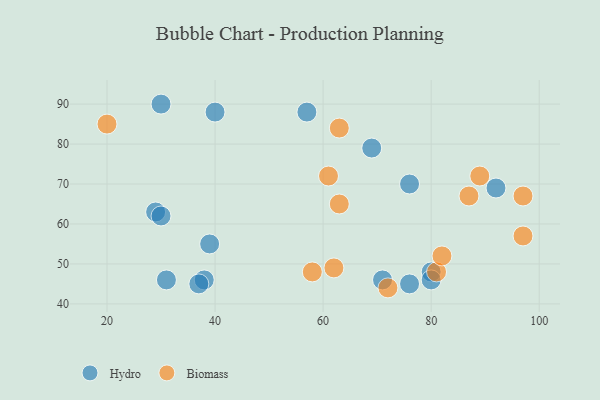
{"axis": {"x": "GDP", "y": "Life Expectancy"}, "legend": ["Biomass", "Hydro"], "data": [{"x": "40", "y": 88, "type": "Hydro"}, {"x": "76", "y": 45, "type": "Hydro"}, {"x": "92", "y": 69, "type": "Hydro"}, {"x": "80", "y": 48, "type": "Hydro"}, {"x": "29", "y": 63, "type": "Hydro"}, {"x": "30", "y": 90, "type": "Hydro"}, {"x": "31", "y": 46, "type": "Hydro"}, {"x": "71", "y": 46, "type": "Hydro"}, {"x": "57", "y": 88, "type": "Hydro"}, {"x": "80", "y": 46, "type": "Hydro"}, {"x": "38", "y": 46, "type": "Hydro"}, {"x": "30", "y": 62, "type": "Hydro"}, {"x": "39", "y": 55, "type": "Hydro"}, {"x": "76", "y": 70, "type": "Hydro"}, {"x": "37", "y": 45, "type": "Hydro"}, {"x": "69", "y": 79, "type": "Hydro"}, {"x": "81", "y": 48, "type": "Biomass"}, {"x": "97", "y": 57, "type": "Biomass"}, {"x": "63", "y": 65, "type": "Biomass"}, {"x": "58", "y": 48, "type": "Biomass"}, {"x": "89", "y": 72, "type": "Biomass"}, {"x": "82", "y": 52, "type": "Biomass"}, {"x": "20", "y": 85, "type": "Biomass"}, {"x": "72", "y": 44, "type": "Biomass"}, {"x": "61", "y": 72, "type": "Biomass"}, {"x": "62", "y": 49, "type": "Biomass"}, {"x": "97", "y": 67, "type": "Biomass"}, {"x": "87", "y": 67, "type": "Biomass"}, {"x": "63", "y": 84, "type": "Biomass"}]}